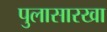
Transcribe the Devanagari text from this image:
पुलासारखा